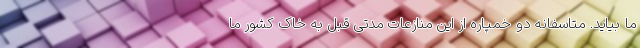
ما بیاید. متاسفانه دو خمپاره از این منازعات مدتی قبل به خاک کشور ما